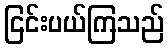
ငြင်းပယ်ကြသည်